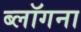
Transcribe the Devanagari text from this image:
ब्लॉगना